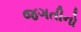
જગતીનો